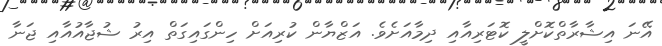
އޭނަ އިޝާރާތްކޮށްލީ ކޮޓަރިއާއި ދިމާއަށެވެ. އަޒްޔާން ކުރިއަށް ހިންގައިގަތް އިރު ޝުޖާއުއާއި ޖަނާ